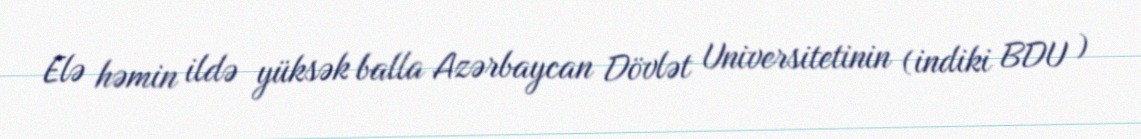
Elə həmin ildə yüksək balla Azərbaycan Dövlət Universitetinin (indiki BDU )